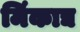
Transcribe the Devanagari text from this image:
मिंकाद्य